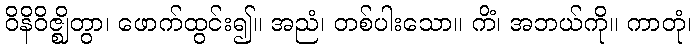
ဝိနိဝိဇ္ဈိတွာ၊ ဖောက်ထွင်း၍။ အညံ၊ တစ်ပါးသော။ ကိံ၊ အဘယ်ကို။ ကာတုံ၊